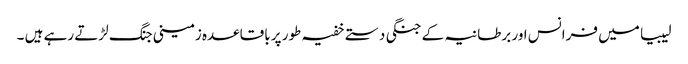
لیبیا میں فرانس اور برطانیہ کے جنگی دستے خفیہ طور پر باقاعدہ زمینی جنگ لڑتے رہے ہیں ۔